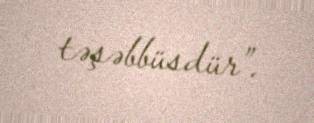
təşəbbüsdür”.